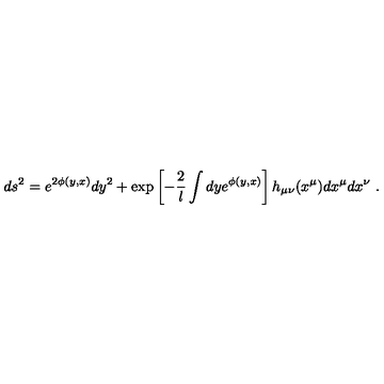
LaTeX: d s ^ { 2 } = e ^ { 2 \phi ( y , x ) } d y ^ { 2 } + \exp \left[ - { \frac { 2 } { l } } \int d y e ^ { \phi ( y , x ) } \right] h _ { \mu \nu } ( x ^ { \mu } ) d x ^ { \mu } d x ^ { \nu } \ .